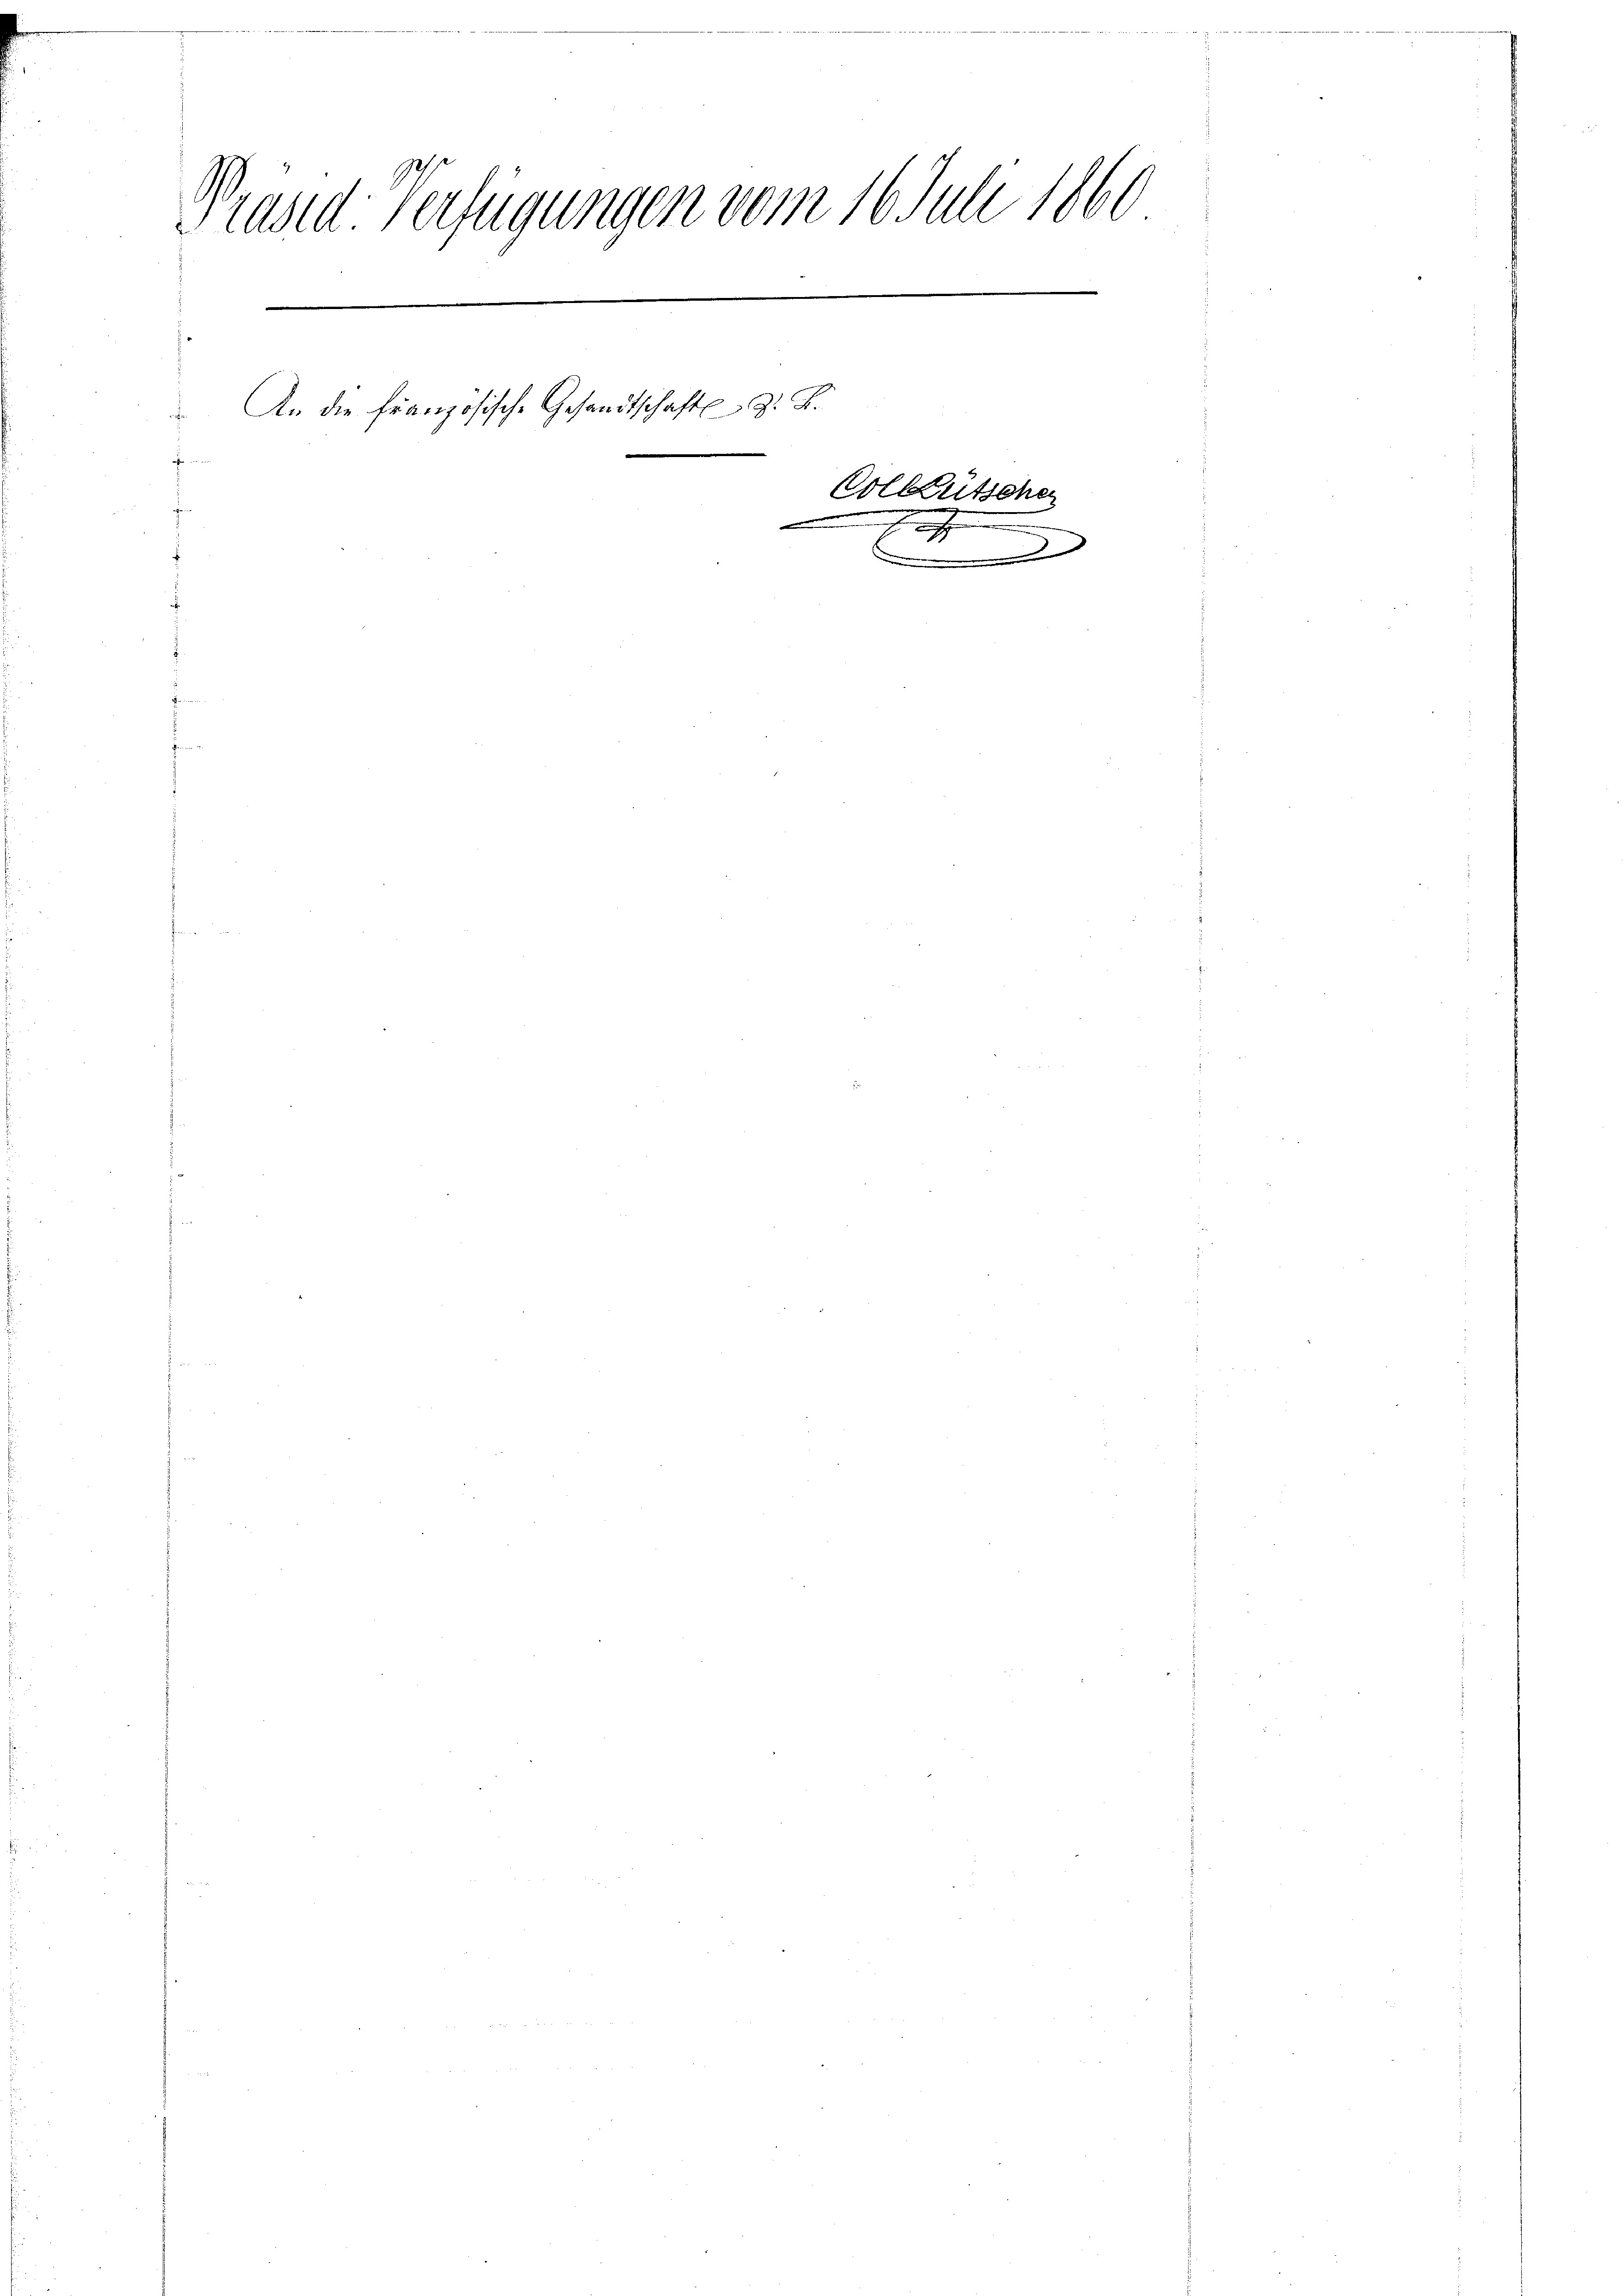
Prand Verlegungen vom 16. Juli 1860
8
c
d
.
e
e

An die französische Gesandtschaft z. B.
Volleutschen
.
e
stnn sein
.
.